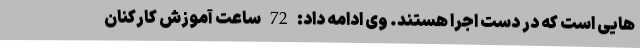
هایی است که در دست اجرا هستند. وی ادامه داد: 72 ساعت آموزش کارکنان